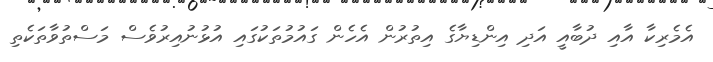
އެމެރިކާ އާއި ދުބާއީ އަދި އިންޑިޔާގެ އިތުރުން އެހެން ގައުމުތަކުގައި އުޅުނުއިިރުވެސް މަސްތުވާތަކެތި